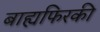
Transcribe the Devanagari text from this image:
बाह्यफिरकी